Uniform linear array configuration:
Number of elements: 12
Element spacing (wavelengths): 0.25
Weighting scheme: cosine
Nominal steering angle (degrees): -60
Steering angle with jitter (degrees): -61.577
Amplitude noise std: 0.05
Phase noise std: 0.05

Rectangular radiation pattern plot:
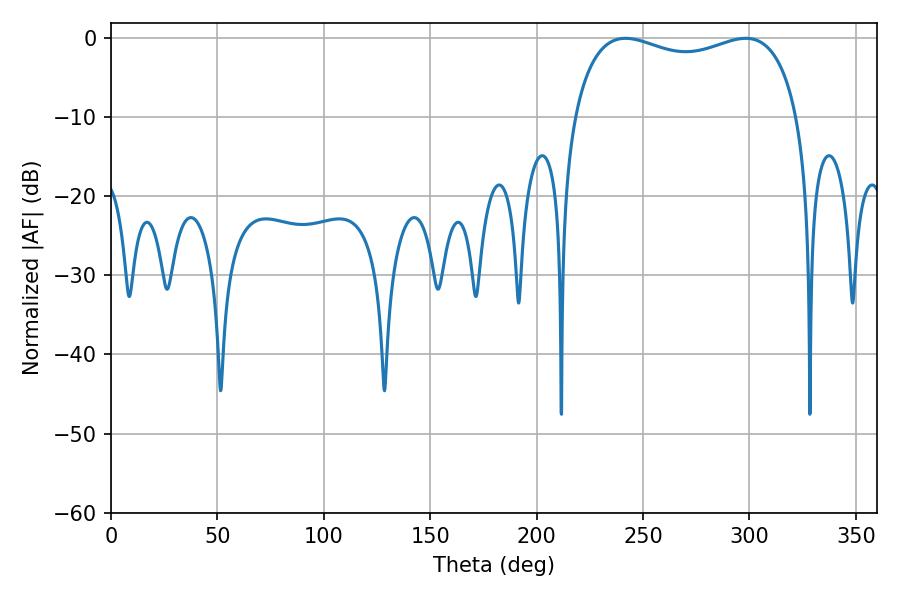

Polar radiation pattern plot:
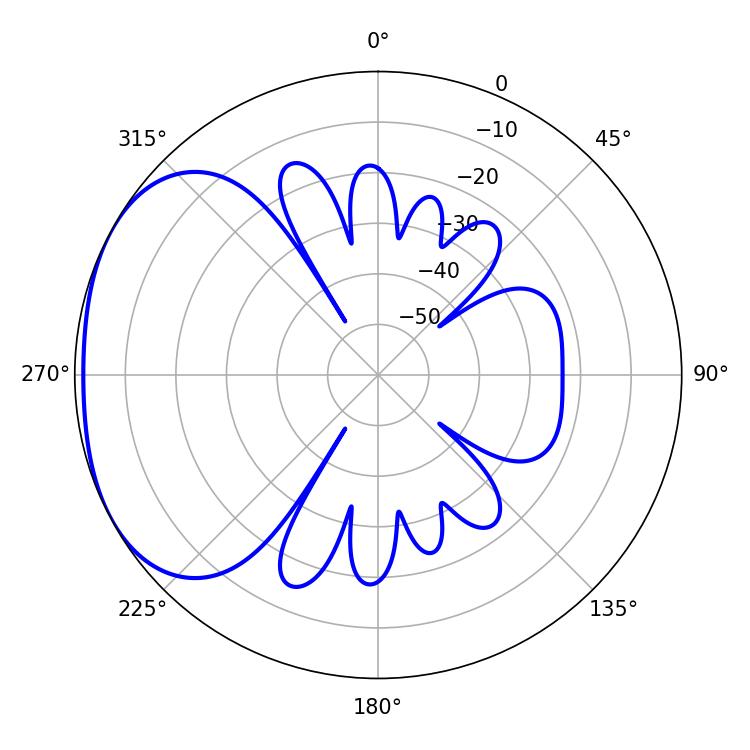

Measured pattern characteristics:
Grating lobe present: FALSE
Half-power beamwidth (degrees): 86.76
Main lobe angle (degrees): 241.74